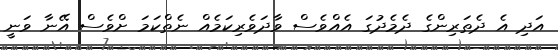
އަދި އެ ދެތަރިންގެ ދެމެދުގަ އެއްވެސް ވާދަވެރިކަމެއް ނެތްކަމަ ށްވެސް އޭނާ ވަނީ